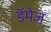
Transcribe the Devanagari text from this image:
डॅमेज